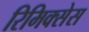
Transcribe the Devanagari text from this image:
रिमिक्सेस